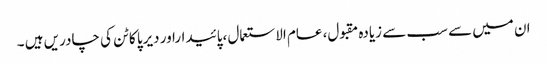
ان میں سے سب سے زیادہ مقبول، عام الاستعمال ،پائیداراور دیرپا کاٹن کی چادریں ہیں ۔